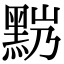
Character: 𪐹